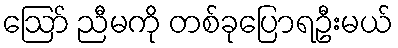
ဪ ညီမကို တစ်ခုပြောရဦးမယ်